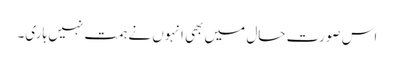
اس صورتِ حال میں بھی انہوں نے ہمت نہیں ہاری۔